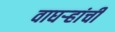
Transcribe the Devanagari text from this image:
वाघऱ्‍हांची